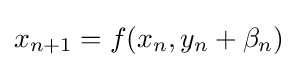
x_{n+1}=f(x_{n},y_{n}+\beta _{n})